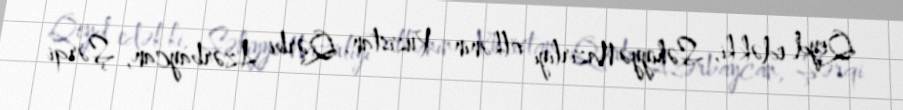
Qeyd edək ki, Səhiyyə Nazirliyi ölkənin Xuzistan, Qərbi Azərbaycan, Şərqi